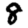
Digit: 8